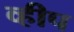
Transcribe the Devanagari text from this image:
व्हीप